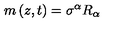
m \left( z , t \right) = \sigma ^ { \alpha } R _ { \alpha }